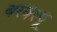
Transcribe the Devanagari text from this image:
वरवेल्पू